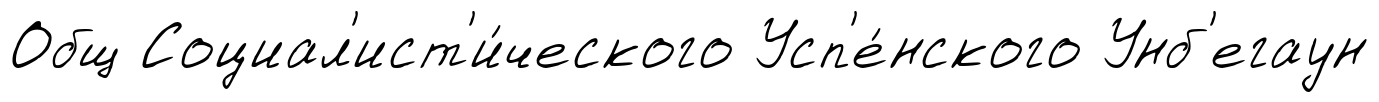
Общ Социал'ист'и́ческого Усп'е́нского Унб'егаун